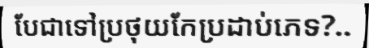
បែជាទៅប្រថុយកែប្រដាប់ភេទ?..